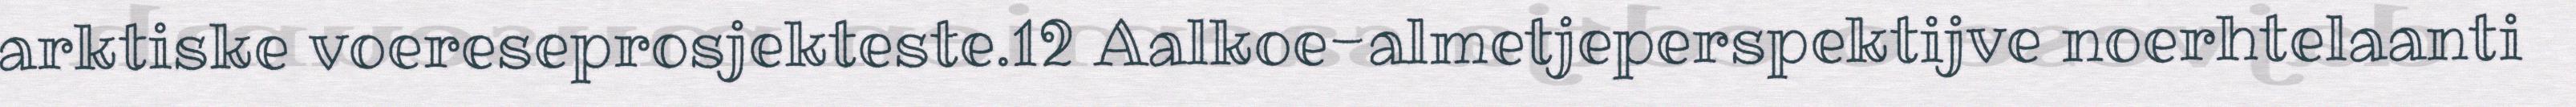
arktiske voereseprosjekteste.12 Aalkoe-almetjeperspektijve noerhtelaanti